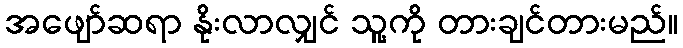
အဖျော်ဆရာ နိုးလာလျှင် သူ့ကို တားချင်တားမည်။